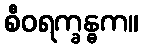
စီဝရက္ခန္ဓက။